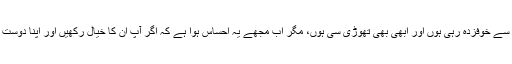
تصویر کے ساتھ پیغام میں سجل علی نے لکھا کہ ’میں ہمیشہ کتوں سے خوفزدہ رہی ہوں اور ابھی بھی تھوڑی سی ہوں، مگر اب مجھے یہ احساس ہوا ہے کہ اگر آپ ان کا خیال رکھیں اور اپنا دوست بننے کا موقع دیں تو ان سے زیادہ دل موہ لینے والا کوئی نہیں ہے۔